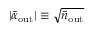
| \bar { \alpha } _ { \mathrm { o u t } } | \equiv \sqrt { \bar { n } _ { \mathrm { o u t } } }